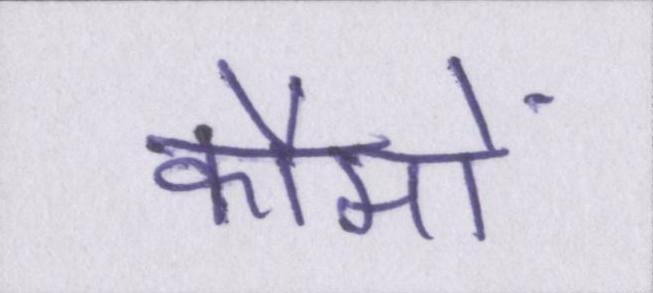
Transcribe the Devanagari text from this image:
कौमों